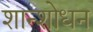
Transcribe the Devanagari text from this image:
शान्शोधन